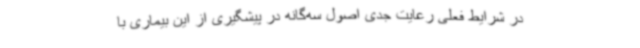
در شرایط فعلی رعایت جدی اصول سه‌گانه در پیشگیری از این بیماری با